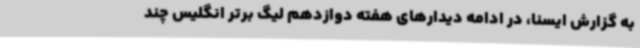
به گزارش ایسنا، در ادامه دیدارهای هفته دوازدهم لیگ برتر انگلیس چند